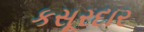
કસૂરદાર